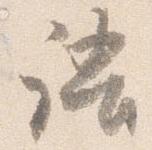
語